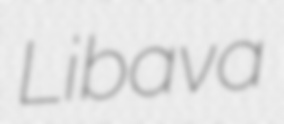
Libava